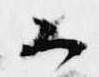
候